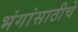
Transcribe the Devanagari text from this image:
भंगांसाठीचे